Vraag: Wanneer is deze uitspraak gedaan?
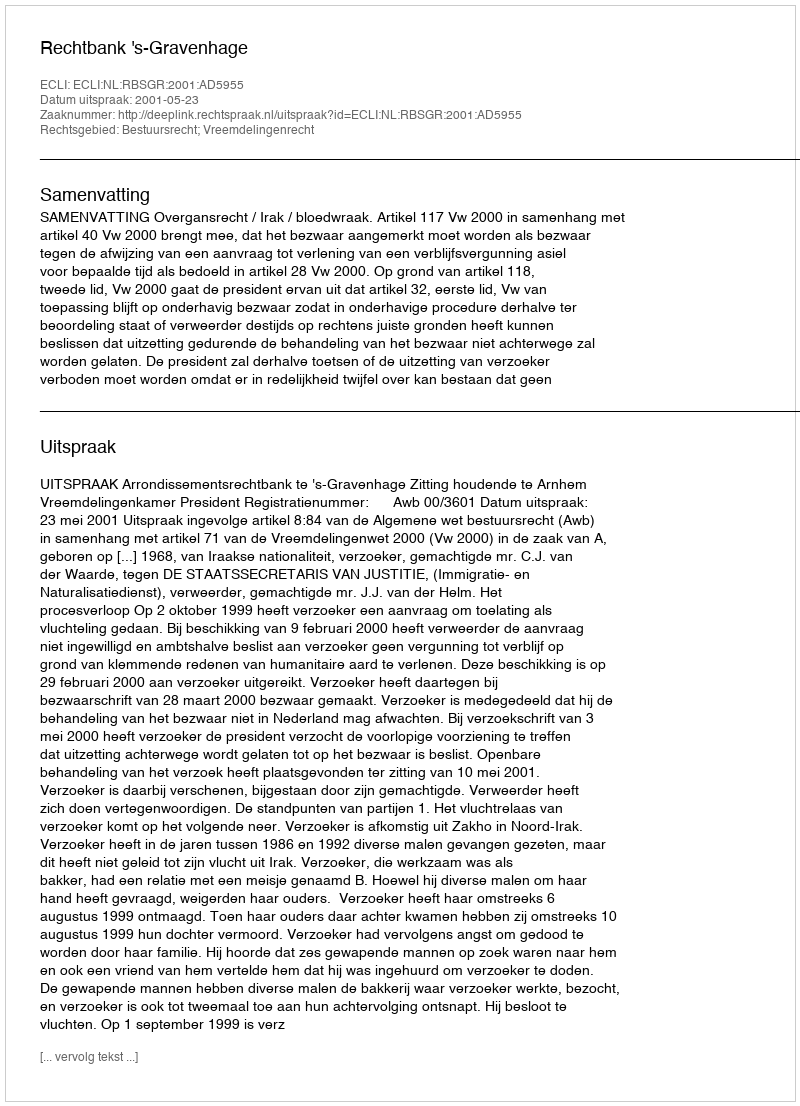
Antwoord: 2001-05-23